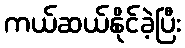
ကယ်ဆယ်နိုင်ခဲ့ပြီး